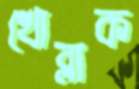
খোব্‌লাক